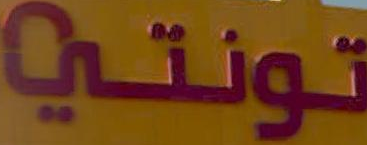
تونتي